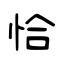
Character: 恰